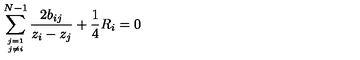
\sum _ { j = 1 \atop j \not = i } ^ { N - 1 } { \frac { 2 b _ { i j } } { z _ { i } - z _ { j } } } + { \frac { 1 } { 4 } } R _ { i } = 0